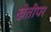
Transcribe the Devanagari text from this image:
खेतीपर